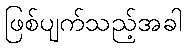
ဖြစ်ပျက်သည့်အခါ